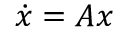
{ \dot { x } } = A x